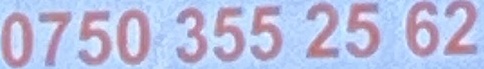
0750 355 25 62